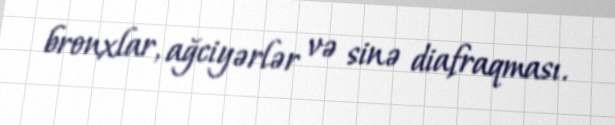
bronxlar, ağciyərlər və sinə diafraqması.